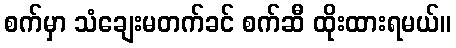
စက်မှာ သံချေးမတက်ခင် စက်ဆီ ထိုးထားရမယ်။